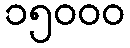
၁၅၀၀၀